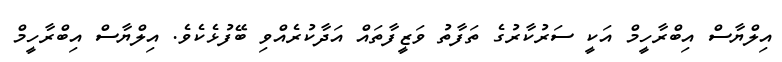
އިލްޔާސް އިބްރާހީމް އަކީ ސަރުކާރުގެ ތަފާތު ވަޒީފާތައް އަދާކުރެއްވި ބޭފުޅެކެވެ. އިލްޔާސް އިބްރާހީމް